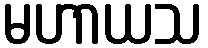
မဟာယသ